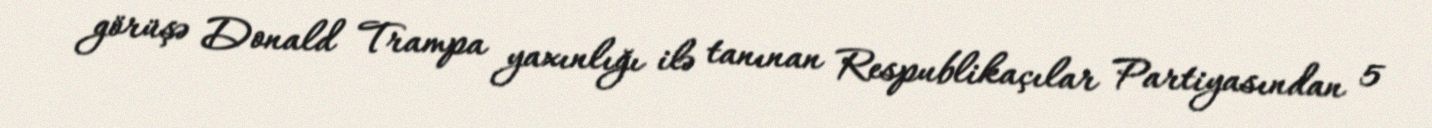
görüşə Donald Trampa yaxınlığı ilə tanınan Respublikaçılar Partiyasından 5